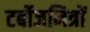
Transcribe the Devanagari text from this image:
टर्बोजनित्रों